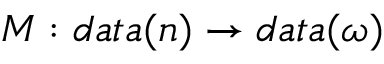
M : d a t a ( n ) \rightarrow d a t a ( \omega )